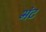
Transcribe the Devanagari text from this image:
भंट